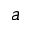
a